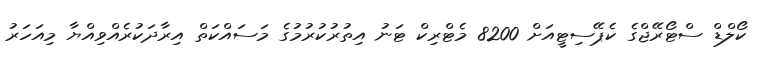
ކޯލްޑް ސްޓޯރޭޖްގެ ކެޕޭސިޓީއަށް 8200 މެޓްރިކް ޓަނު އިތުރުކުރުމުގެ މަސައްކަތް އިރާދަކުރެއްވިއްޔާ މިއަހަރު